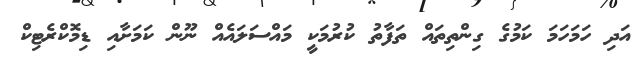
އަދި ހަމަހަމަ ކަމުގެ ގިންތިތައް ތަފާތު ކުރުމަކީ މައްސަލައެއް ނޫން ކަމަށާއި ޑިމޮކްރެޓިކް